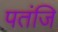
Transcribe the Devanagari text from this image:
पतंजि